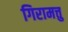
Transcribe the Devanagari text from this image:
गिरामत्तु